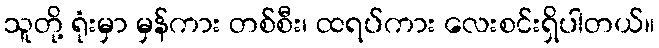
သူတို့ ရုံးမှာ မှန်ကား တစ်စီး၊ ထရပ်ကား လေးစင်းရှိပါတယ်။